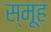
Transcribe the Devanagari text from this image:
स्मूह